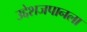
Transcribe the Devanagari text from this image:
उद्देशजपानला